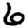
Digit: 6